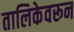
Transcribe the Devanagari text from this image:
तालिकेवरून